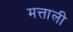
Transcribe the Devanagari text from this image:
मत्ताली